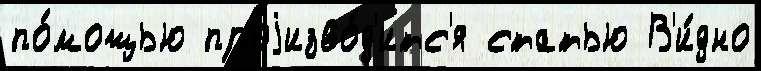
по́мощью проjизво́д'итс'я статью В'и́дно